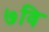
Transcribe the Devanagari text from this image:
७वि